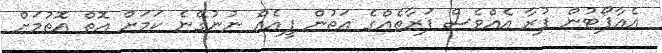
އެއާޕޯޓުން ފުރާ އެއްވެސް ފަރާތެއްގެ އަތުން ފީއެއް ނުނުގޭނެ ކަމަށް އޮތް އޮތުމަށް